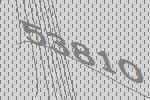
53810